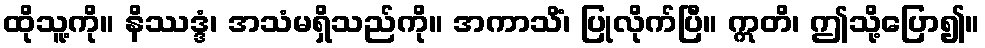
ထိုသူ့ကို။ နိဿဒ္ဒံ၊ အသံမရှိသည်ကို။ အကာသိံ၊ ပြုလိုက်ပြီ။ ဣတိ၊ ဤသို့ပြော၍။